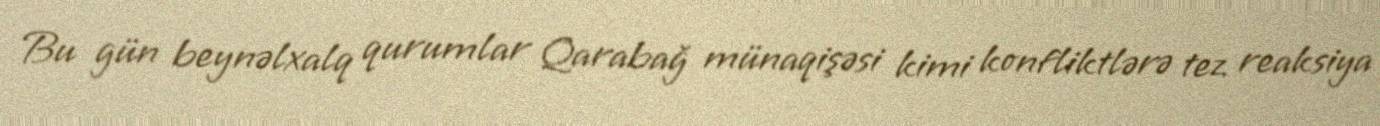
Bu gün beynəlxalq qurumlar Qarabağ münaqişəsi kimi konfliktlərə tez reaksiya